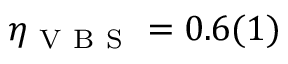
\eta _ { \mathrm { ~ V ~ B ~ S ~ } } = 0 . 6 ( 1 )